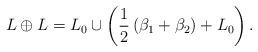
LaTeX: \begin{align*}L\oplus L=L_{0}\cup\left(\frac{1}{2}\left(\beta_{1}+\beta_{2}\right)+L_{0}\right).\end{align*}